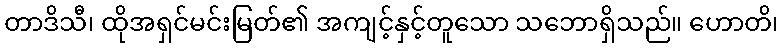
တာဒိသီ၊ ထိုအရှင်မင်းမြတ်၏ အကျင့်နှင့်တူသော သဘောရှိသည်။ ဟောတိ၊